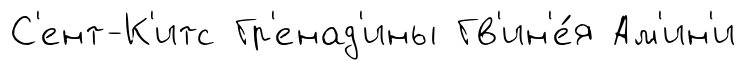
С'ент-К'итс Гр'енад'ины Гв'ин'е́я Ам'ин'и